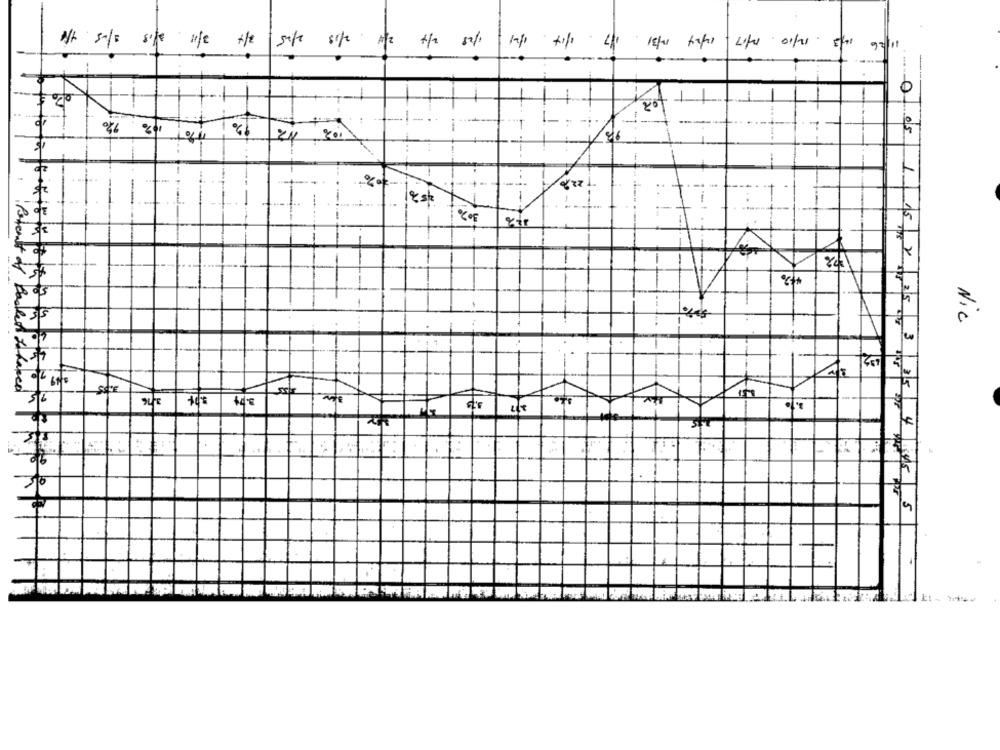
At safs site use the safe site m/ 4/2 5%
92/11
80
1-
201
0 015
-
1
--.
1
1-
15 2
t as
-1
35
Nic
2|5| 3
Patent de backed that
50
FR
5